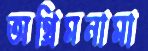
অগ্রিমনামা